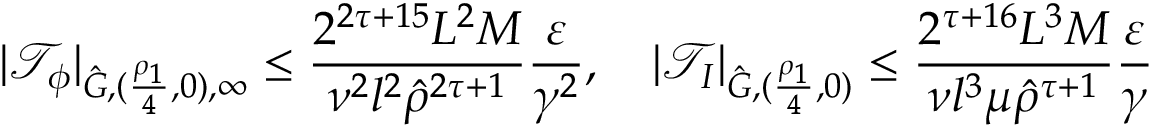
| \mathcal { T } _ { \phi } | _ { \hat { G } , ( \frac { \rho _ { 1 } } { 4 } , 0 ) , \infty } \leq \frac { 2 ^ { 2 \tau + 1 5 } L ^ { 2 } M } { \nu ^ { 2 } l ^ { 2 } \hat { \rho } ^ { 2 \tau + 1 } } \frac { \varepsilon } { \gamma ^ { 2 } } , \quad | \mathcal { T } _ { I } | _ { \hat { G } , ( \frac { \rho _ { 1 } } { 4 } , 0 ) } \leq \frac { 2 ^ { \tau + 1 6 } L ^ { 3 } M } { \nu l ^ { 3 } \mu \hat { \rho } ^ { \tau + 1 } } \frac { \varepsilon } { \gamma }